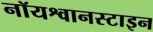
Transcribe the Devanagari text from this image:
नॉयश्वानस्टाइन